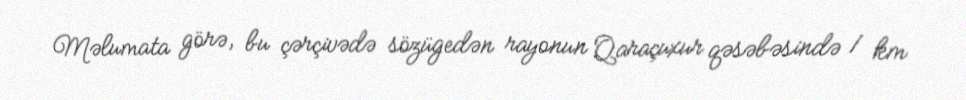
Məlumata görə, bu çərçivədə sözügedən rayonun Qaraçuxur qəsəbəsində 1 km